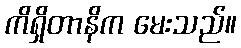
ကိရှိတာနိက မေးသည်။